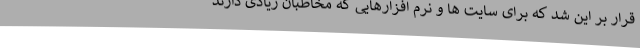
قرار بر این شد که برای سایت ها و نرم افزارهایی که مخاطبان زیادی دارند